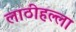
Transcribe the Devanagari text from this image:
लाठीहल्ला